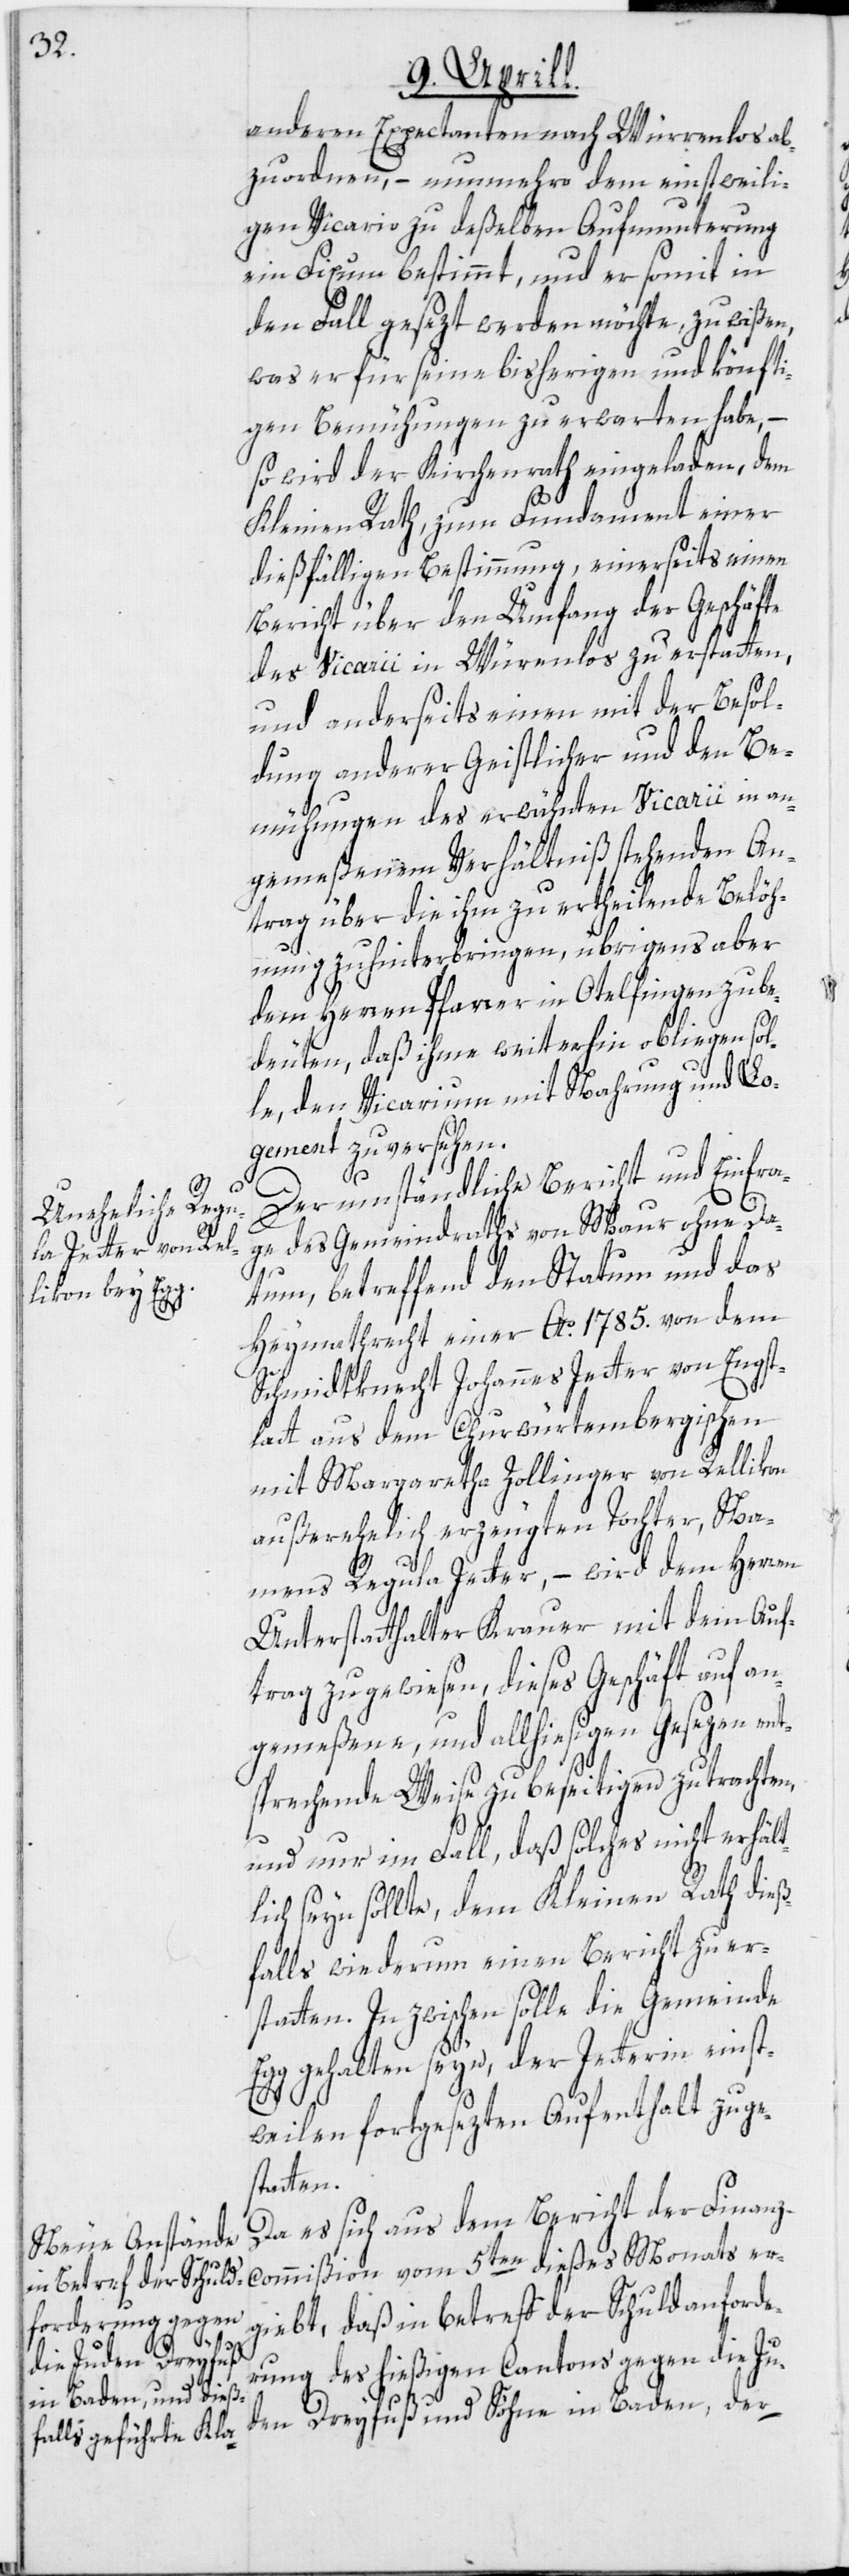
anderen Expectanten nach Würrenlos ab¬
zuordnen, – nunmehro dem einstweili¬
gen Vicario zu deßelben Aufmunterung
ein Fixum bestimmt, und er somit in
den Fall gesezt werden möchte, zu wißen,
was er für seine bisherigen und könfti¬
gen Bemühungen zu erwarten habe, –
so wird der Kirchenrath eingeladen, dem
Kleinen Rath, zum Fundament einer
dießfälligen Bestimmung, einerseits einen
Bericht über den Umfang der Geschäfte
des Vicarii in Würenlos zu erstatten,
und anderseits einen mit der Besol¬
dung anderer Geistlicher und den Be¬
mühungen des erwähnten Vicarii in an¬
gemeßenem Verhältniß stehenden An¬
trag über die ihm zu ertheilende Belöh¬
nung zu hinterbringen, übrigens aber
dem Herren Pfarrer in Otelfingen zu be¬
deuten, daß ihme weiterhin obliegen sol¬
le, den Vicarium mit Nahrung und Lo¬
gement zu versehen.
Der umständliche Bericht und Einfra¬
ge des Gemeindraths von Maur ohne Da¬
tum, betreffend den Statum und das
Heymathrecht einer Ao. 1785. von dem
Schmidtknecht Johannes Jetter von Engst¬
latt aus dem Churwürtembergischen
mit Margaretha Zollinger von Rellikon
außerehelich erzeugten Tochter, Na¬
mens Regula Jetter, – wird dem Herren
Unterstatthalter Krauer mit dem Auf¬
trag zugewiesen, dieses Geschäft auf an¬
gemeßene, und allhiesigen Gesezen ent¬
sprechende Weise zu beseitigen zu trachten,
und nur im Fall, daß solches nicht erhält¬
lich seyn sollte, dem Kleinen Rath dieß¬
falls wiederum einen Bericht zu er¬
statten. In zwischen solle die Gemeinde
Egg gehalten seyn, der Jetterin einst¬
weilen fortgesezten Aufenthalt zu ge¬
statten.
Da es sich aus dem Bericht der Finanz¬
commißion vom 5ten dießes Monats er¬
giebt, daß in betreff der Schuldanforde¬
rung des hießigen Cantons gegen die Ju¬
den Dreyfuß und Söhne in Baden, der